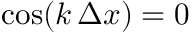
\cos ( k \, \Delta x ) = 0